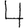
Digit: 4